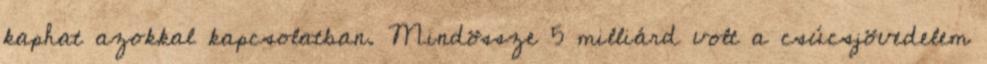
kaphat azokkal kapcsolatban. Mindössze 5 milliárd volt a csúcsjövedelem